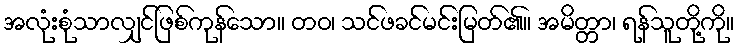
အလုံးစုံသာလျှင်ဖြစ်ကုန်သော။ တဝ၊ သင်ဖခင်မင်းမြတ်၏။ အမိတ္တာ၊ ရန်သူတို့ကို။